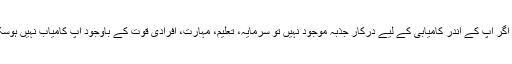
لیکن اگر آپ کے اندر کامیابی کے لیے درکار جذبہ موجود نہیں تو سرمایہ، تعلیم، مہارت، افرادی قوت کے باوجود آپ کامیاب نہیں ہوسکتے۔